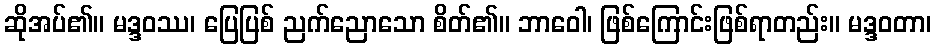
ဆိုအပ်၏။ မဒ္ဒဝဿ၊ ပြေပြစ် ညက်ညောသော စိတ်၏။ ဘာဝေါ၊ ဖြစ်ကြောင်းဖြစ်ရာတည်း။ မဒ္ဒဝတာ၊